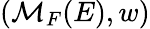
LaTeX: (\mathcal{M}_{F}(E),w)